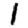
Digit: 1